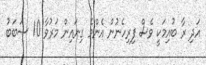
އަދި ރާ ބުއިމަކީ ވެސް ފިރިހެނުން އެންމެ ގިނައިން މަރުވާ 10 ސަބަބު